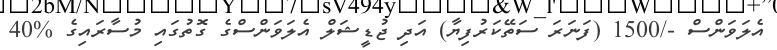
އެލަވަންސް -/1500 (ފަނަރަ ސަތޭކަރުފިޔާ) އަދި ޖުޑީޝަލް އެލަވަންސްގެ ގޮތުގައި މުސާރައިގެ %40